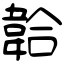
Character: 韐